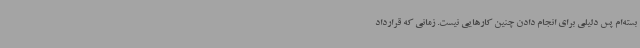
بسته‌ام پس دلیلی برای انجام دادن چنین کارهایی نیست. زمانی که قرارداد